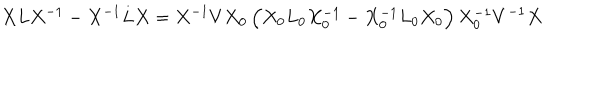
LaTeX: X L X ^ { - 1 } - X ^ { - 1 } L X = X ^ { - 1 } V X _ { 0 } \, \Big ( X _ { 0 } L _ { 0 } X _ { 0 } ^ { - 1 } - X _ { 0 } ^ { - 1 } L _ { 0 } X _ { 0 } \Big ) \, X _ { 0 } ^ { - 1 } V ^ { - 1 } X